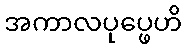
အကာလပုပ္ဖေဟိ